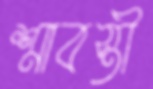
শ্রাবস্তী